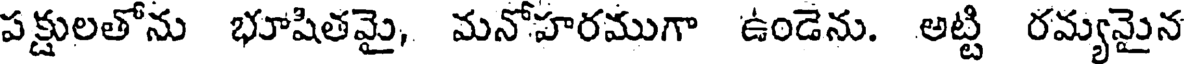
పక్షులతోను భూషితమై, మనోహరముగా ఉండెను. అట్టి రమ్యమైన